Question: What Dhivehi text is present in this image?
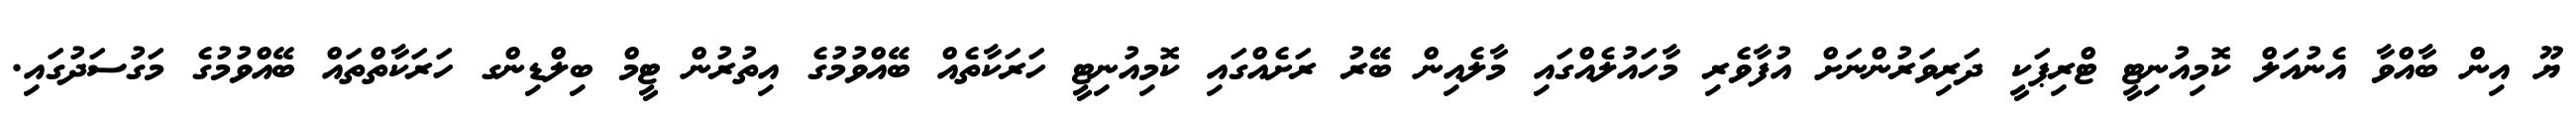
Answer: ޔޫ އިން ބާއްވާ އެނުއަލް ކޮމިއުނިޓީ ޓްރިޕަކީ ދަރިވަރުންނަށް އުފާވެރި މާހައުލެއްގައި މާލެއިން ބޭރު ރަށެއްގައި ކޮމިއުނިޓީ ހަރަކާތެއް ބޭއްވުމުގެ އިތުރުން ޓީމް ބިލްޑިންގ ހަރަކާތްތައް ބޭއްވުމުގެ މަގުސަދުގައި.